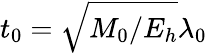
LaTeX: t_{0}=\sqrt{M_{0}/E_{h}}\lambda_{0}